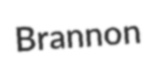
Brannon